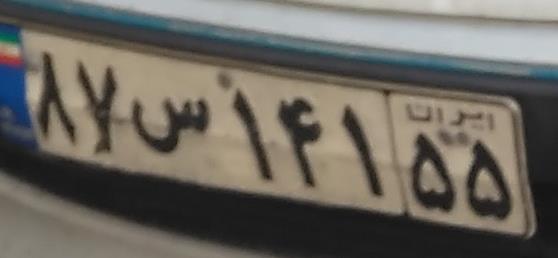
۸۷س۱۴۱۵۵